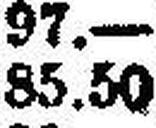
85.50